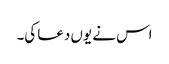
اس نے یوں دعا کی۔